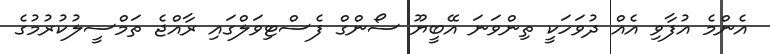
އެންމެ އުފާވި އެއް ދުވަހަކީ ތިންވަނަ އޭބީޔޫ ސޯންގް ފެސްޓިވަލްގައި ރާއްޖެ ތަމްސީލުކުރުމުގެ